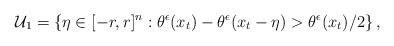
LaTeX: \begin{align*}\mathcal{U}_1=\left\{\eta\in[-r,r]^n: \theta^\epsilon(x_t)-\theta^\epsilon(x_t-\eta)>\theta^\epsilon(x_t)/2 \right\},\end{align*}